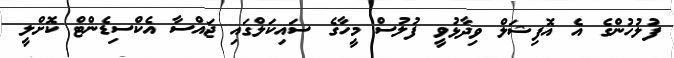
ފުލުހުންގެ އެ އޮފިޝަލް ވިދާޅުވީ ފުލުސް މީހާގެ ސައިކަލްގައި ޖައްސާ އެކްސިޑެންޓް ކޮށްލީ